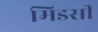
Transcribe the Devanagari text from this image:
मिडसी